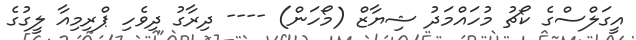
އީގަލްސްގެ ކޯޗު މުހައްމަދު ޝިޔާޒް (މޯހަން) ---- ދިރާގު ދިވެހި ޕްރިމިއާ ލީގުގެ